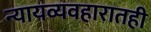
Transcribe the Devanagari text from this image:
न्यायव्यवहारातही